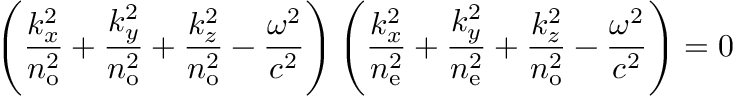
\left( { \frac { k _ { x } ^ { 2 } } { n _ { \mathrm { o } } ^ { 2 } } } + { \frac { k _ { y } ^ { 2 } } { n _ { \mathrm { o } } ^ { 2 } } } + { \frac { k _ { z } ^ { 2 } } { n _ { \mathrm { o } } ^ { 2 } } } - { \frac { \omega ^ { 2 } } { c ^ { 2 } } } \right) \left( { \frac { k _ { x } ^ { 2 } } { n _ { \mathrm { e } } ^ { 2 } } } + { \frac { k _ { y } ^ { 2 } } { n _ { \mathrm { e } } ^ { 2 } } } + { \frac { k _ { z } ^ { 2 } } { n _ { \mathrm { o } } ^ { 2 } } } - { \frac { \omega ^ { 2 } } { c ^ { 2 } } } \right) = 0